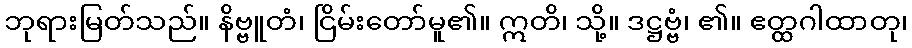
ဘုရားမြတ်သည်။ နိဗ္ဗူတံ၊ ငြိမ်းတော်မူ၏။ ဣတိ၊ သို့။ ဒဋ္ဌဗ္ဗံ၊ ၏။ ဧတ္ထဂါထာတု၊